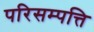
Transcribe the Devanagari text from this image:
परिसम्‍पत्ति